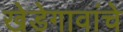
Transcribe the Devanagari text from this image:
खेडेगावांचे